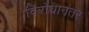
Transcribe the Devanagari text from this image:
विरोधानंतर